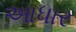
આધાર